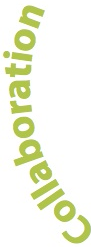
Collaboration